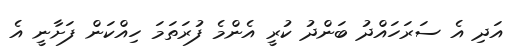
އަދި އެ ސަރަހައްދު ބަންދު ކުރީ އެންމެ ފުރަތަމަ ހިއްކަން ފަށާނީ އެ